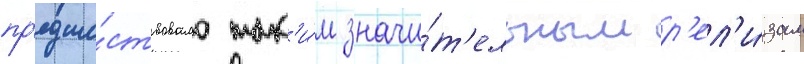
пр'едше́ствовало так'и́м значи́т'ельным р'ел'и́зам